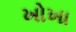
ખોખા